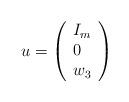
LaTeX: \begin{align*}u=\left(\begin{array}{lll}I_m\\0\\w_3 \end{array}\right)\end{align*}